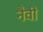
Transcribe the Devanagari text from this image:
नैवी